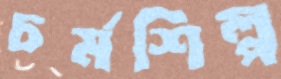
চর্মশিল্প